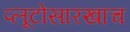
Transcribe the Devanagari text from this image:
प्लूटोसारखाच